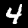
Label: 4